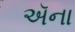
ઍના